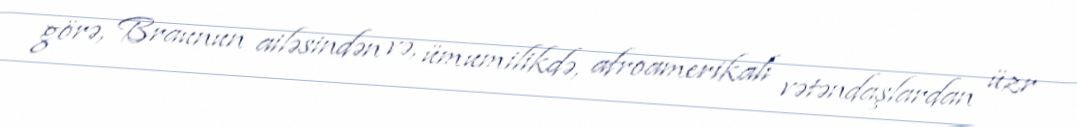
görə, Braunun ailəsindən və, ümumilikdə, afroamerikalı vətəndaşlardan üzr